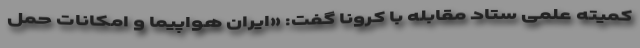
کمیته علمی ستاد مقابله با کرونا گفت: «ایران هواپیما و امکانات حمل